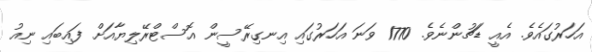
އަހަރުގައެވެ. އެއީ ޑަޗުންނެވެ. 1770 ވަނަ އަހަރުގައި އިނގިރޭސީން އޮސްޓްރޭލިޔާއަށް ފައިބައި ނިއު